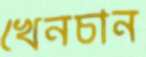
খেনচান